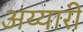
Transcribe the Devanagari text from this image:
अय्यारी